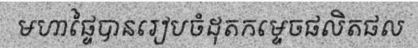
មហាផ្ទៃបានរៀបចំដុតកម្ទេចផលិតផល